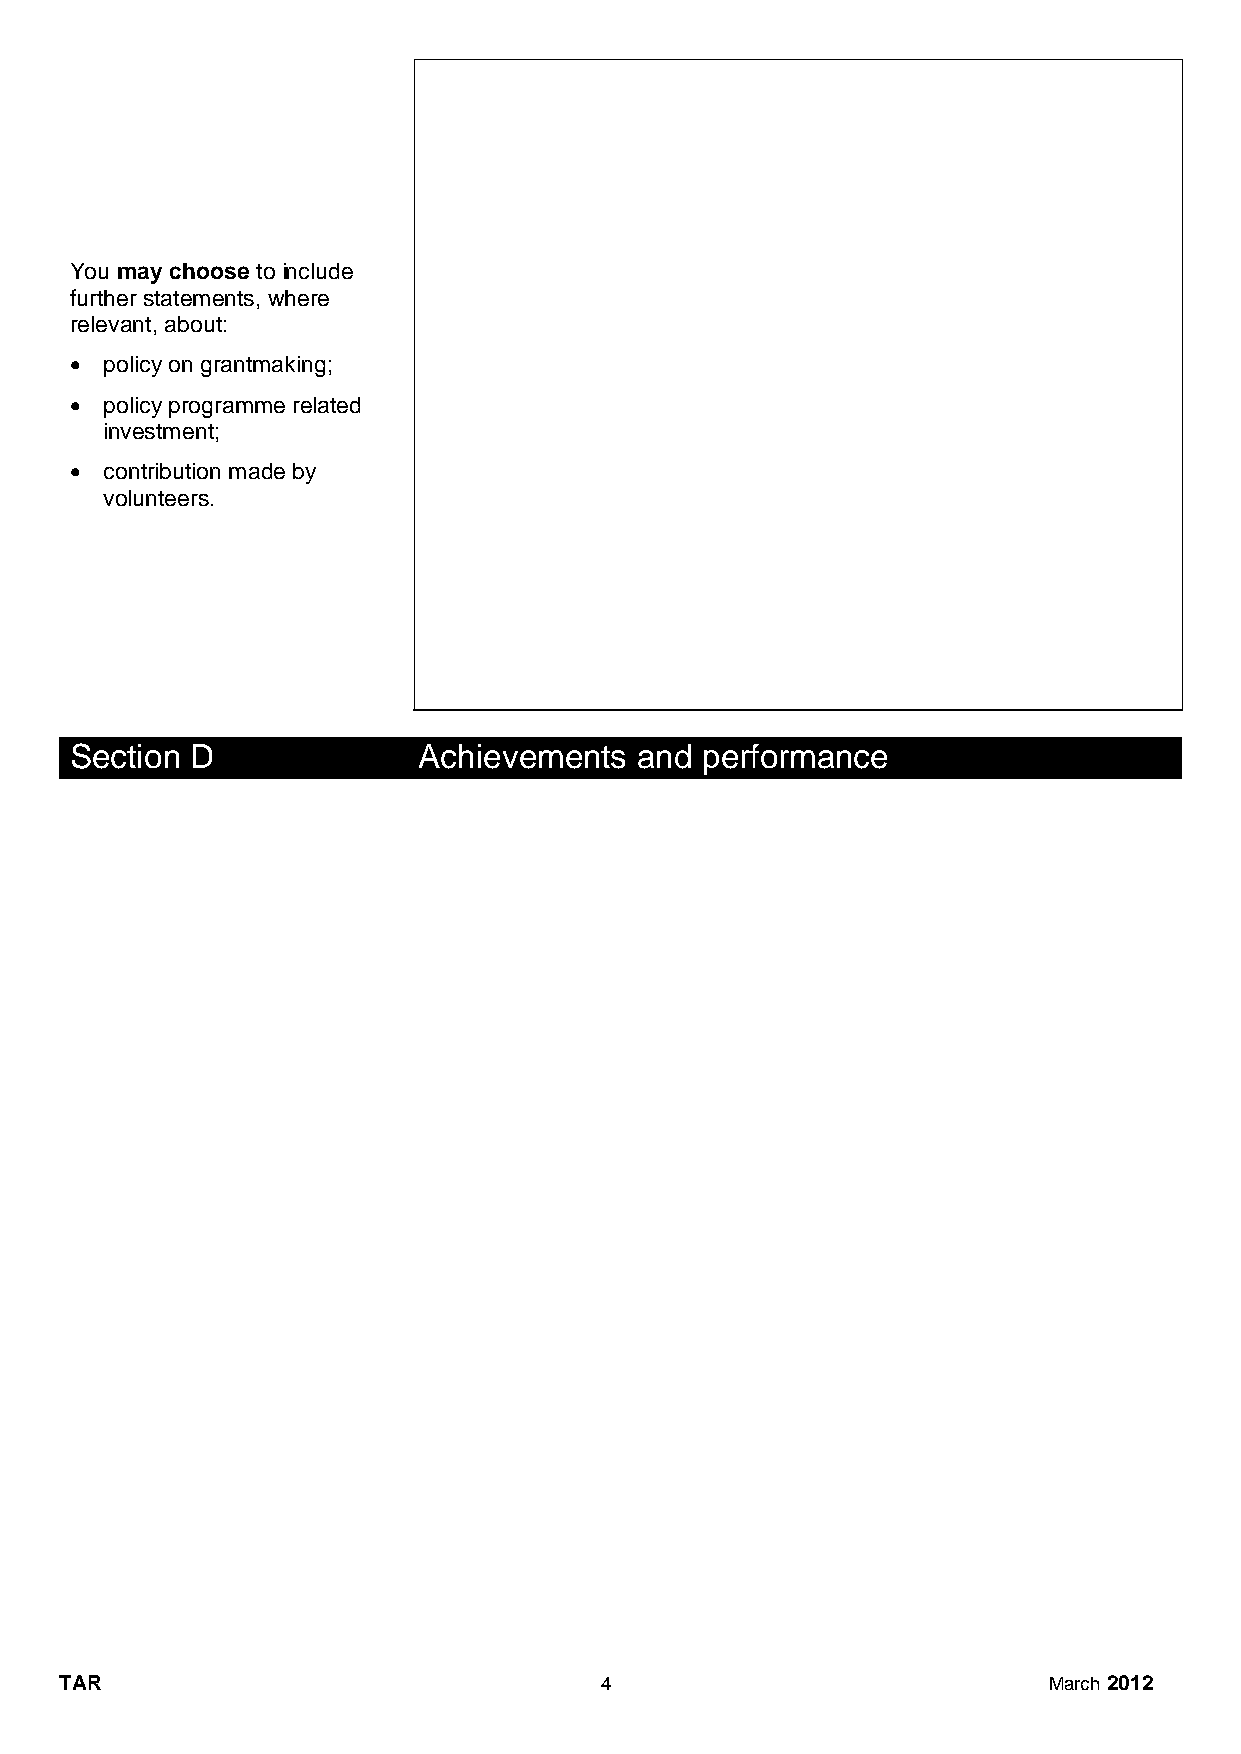
You may choose to include
 further statements, where
 relevant, about:
  policy on grantmaking;
  policy programme related
 investment;
  contribution made by
 volunteers.
 Section D              Achievements  and performance
 TAR                                 4                            March 2012